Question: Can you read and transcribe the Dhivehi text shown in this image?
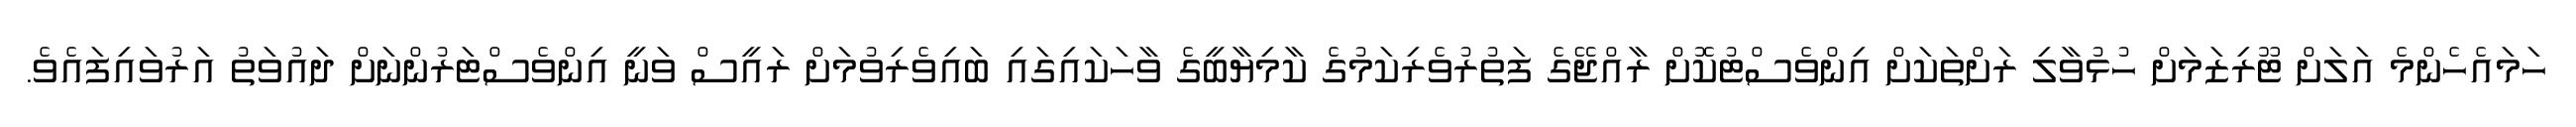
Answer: ހަމައެހެންމެ އަލަށް ޓޫރިޒަމަށް ހުޅުވާލި ރަށްތަކަށް އިންވެސްޓުކޮށް ރާއްޖޭގެ ފަތުރުވެރިކަމުގެ ކާމިޔާބީގެ ވާހަކައިގައި ބައިވެރިވުމަށް ރައީސް ވަނީ އިންވެސްޓަރުންނަށް ދައުވަތު އަރުވައިފައެވެ.